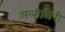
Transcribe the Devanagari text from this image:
अलीघिरी